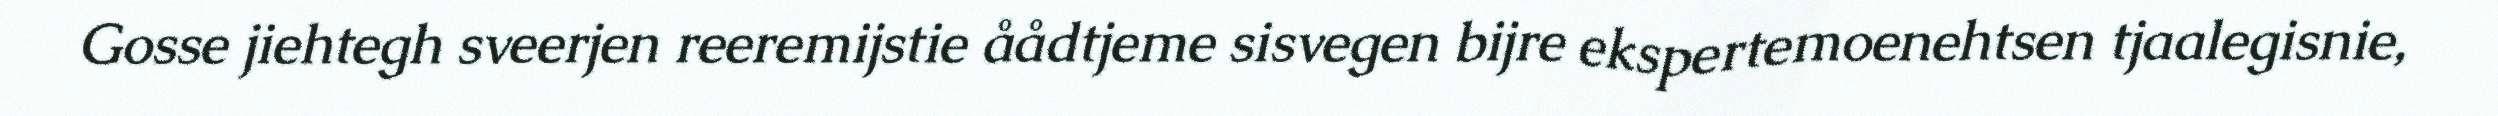
Gosse jiehtegh sveerjen reeremijstie åådtjeme sisvegen bijre ekspertemoenehtsen tjaalegisnie,